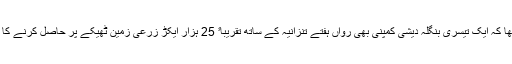
ان کا مزید کہنا تھا کہ ایک تیسری بنگلہ دیشی کمپنی بھی رواں ہفتے تنزانیہ کے ساتھ تقریباﹰ 25 ہزار ایکڑ زرعی زمین ٹھیکے پر حاصل کرنے کا معاہدہ کرے گی۔